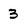
Character: 3